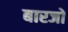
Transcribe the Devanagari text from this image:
बारजों